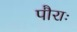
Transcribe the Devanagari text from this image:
पौराः